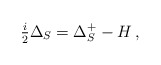
\begin{align*}\tfrac{i}{2}\Delta_S=\Delta_S^+-H\,,\end{align*}